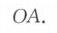
\(OA\).